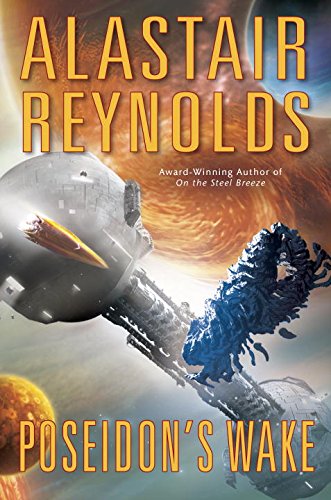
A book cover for Poseidon's Wake: Poseidon's Children; Alastair Reynolds; Science Fiction & Fantasy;